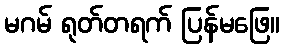
မဂမ် ရုတ်တရက် ပြန်မဖြေ။